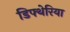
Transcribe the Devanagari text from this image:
डिफ्थेरिया